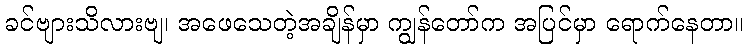
ခင်ဗျားသိလားဗျ၊ အဖေသေတဲ့အချိန်မှာ ကျွန်တော်က အပြင်မှာ ရောက်နေတာ။